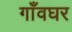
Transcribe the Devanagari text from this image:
गाँवघर